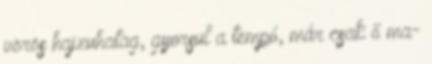
vörös hajzuhatag, gyorsul a tempó, már csak ő ma-